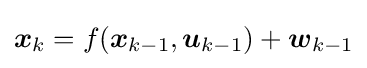
{\boldsymbol {x}}_{k}=f({\boldsymbol {x}}_{k-1},{\boldsymbol {u}}_{k-1})+{\boldsymbol {w}}_{k-1}